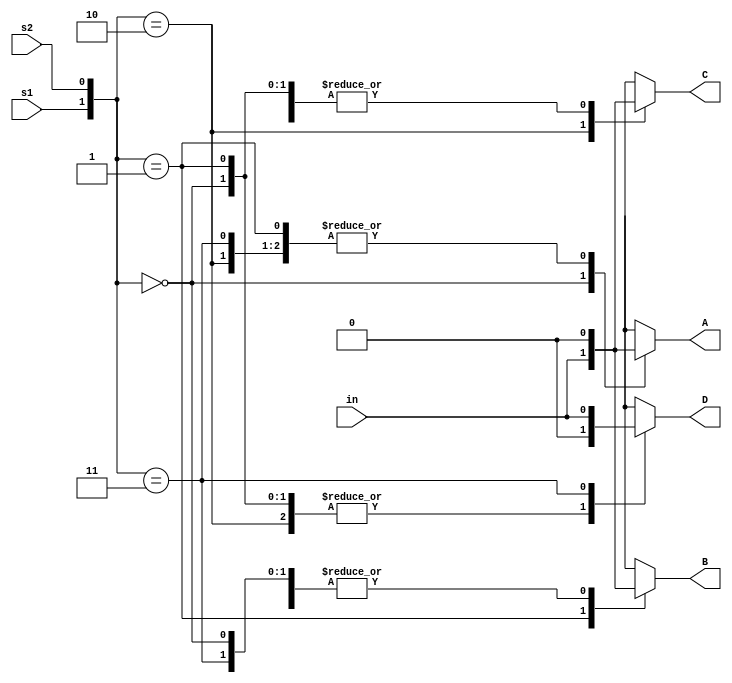
module demux(output reg A, B, C, D, input in, s1, s2);
  always @* begin
    case({s1, s2})
      2'b00: begin A = in; B = 1'b0; C = 1'b0; D = 1'b0; end
      2'b01: begin B = in; A = 1'b0; C = 1'b0; D = 1'b0; end
      2'b10: begin C = in; A = 1'b0; B = 1'b0; D = 1'b0; end
      2'b11: begin D = in; A = 1'b0; B = 1'b0; C = 1'b0; end
      default: begin A = 1'b0; B = 1'b0; C = 1'b0; D = 1'b0; end
    endcase
  end
endmodule